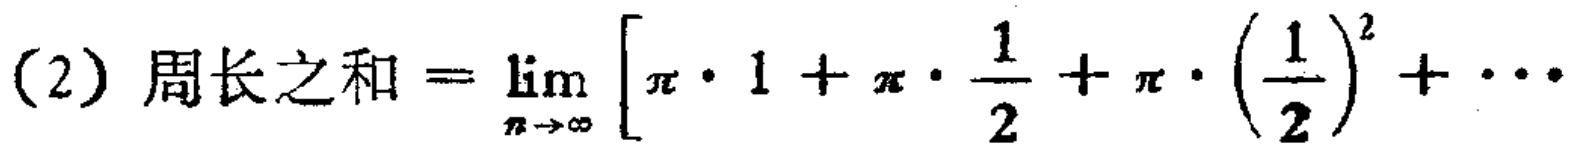
(2) 周长之和 \(=\lim_{n \to \infty}\left[\pi\cdot 1+\pi\cdot\frac{1}{2}+\pi\cdot\left(\frac{1}{2}\right)^2+\cdots\right]\)